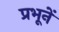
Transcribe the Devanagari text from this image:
प्रभूनें